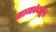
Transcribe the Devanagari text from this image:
सामवेदातून